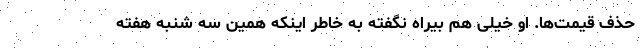
حذف قیمت‌ها. او خیلی هم بیراه نگفته به خاطر اینکه همین سه شنبه هفته